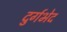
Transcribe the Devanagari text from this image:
दुर्गभेद